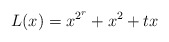
\begin{align*}L(x)=x^{2^r}+x^2+tx\end{align*}